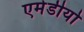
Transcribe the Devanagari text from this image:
एमेडीयो